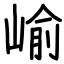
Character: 崳